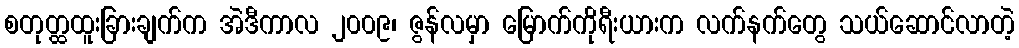
စတုတ္ထထူးခြားချက်က အဲဒီကာလ ၂၀၀၉၊ ဇွန်လမှာ မြောက်ကိုရီးယားက လက်နက်တွေ သယ်ဆောင်လာတဲ့